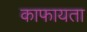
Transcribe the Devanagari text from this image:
काफायता